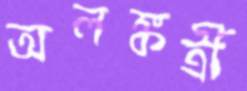
অলঙ্কর্ত্রী